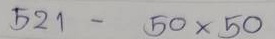
521 - 50 x 50